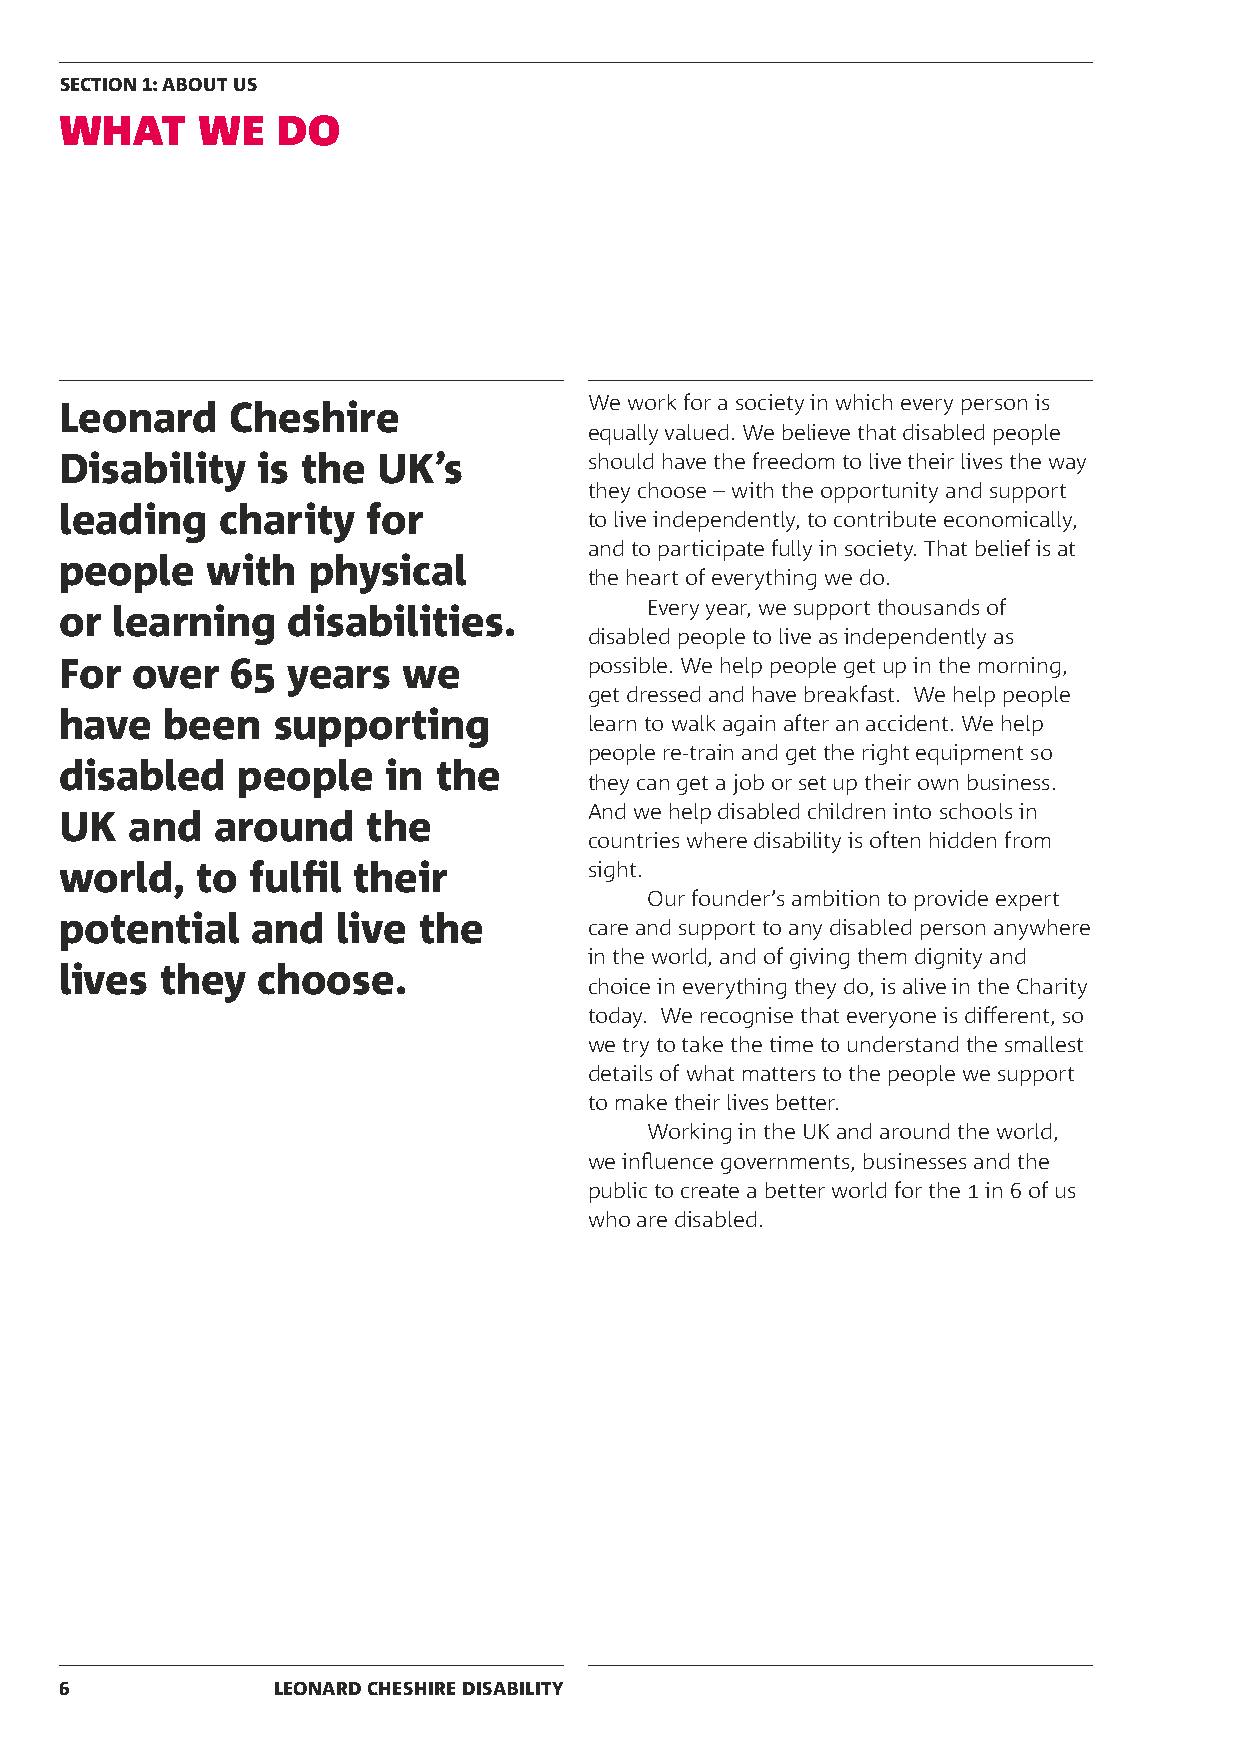
SECTION 1: ABOUT US
 WHAT     WE   DO
 We work for a society in which every person is
 Leonard    Cheshire
 equally valued. We believe that disabled people
 Disability   is the  UK’s          should have the freedom to live their lives the way
 they choose – with the opportunity and support
 leading   charity   for
 to live independently, to contribute economically,
 and to participate fully in society. That belief is at
 people    with  physical
 the heart of everything we do.
 Every year, we support thousands of
 or learning    disabilities.
 disabled people to live as independently as
 For  over  65  years   we          possible. We help people get up in the morning,
 get dressed and have breakfast. We help people
 have   been   supporting
 learn to walk again after an accident. We help
 people re-train and get the right equipment so
 disabled    people    in the
 they can get a job or set up their own business.
 And we help disabled children into schools in
 UK  and   around    the
 countries where disability is often hidden from
 world,   to  fulfil their          sight.
 Our founder’s ambition to provide expert
 potential    and  live  the
 care and support to any disabled person anywhere
 in the world, and of giving them dignity and
 lives  they  choose.
 choice in everything they do, is alive in the Charity
 today. We recognise that everyone is different, so
 we try to take the time to understand the smallest
 details of what matters to the people we support
 to make their lives better.
 Working in the UK and around the world,
 we influence governments, businesses and the
 public to create a better world for the 1 in 6 of us
 who are disabled.
 6             LEONARD CHESHIRE DISABILITY